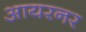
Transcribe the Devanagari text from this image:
आयरनर